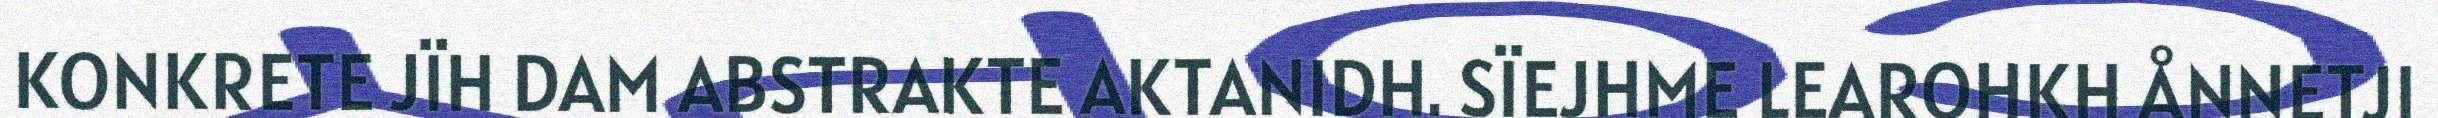
KONKRETE JÏH DAM ABSTRAKTE AKTANIDH. SÏEJHME LEAROHKH ÅNNETJI